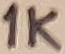
Text: 1K